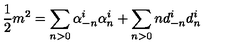
\frac { 1 } { 2 } m ^ { 2 } = \sum _ { n > 0 } \alpha _ { - n } ^ { i } \alpha _ { n } ^ { i } + \sum _ { n > 0 } n d _ { - n } ^ { i } d _ { n } ^ { i }